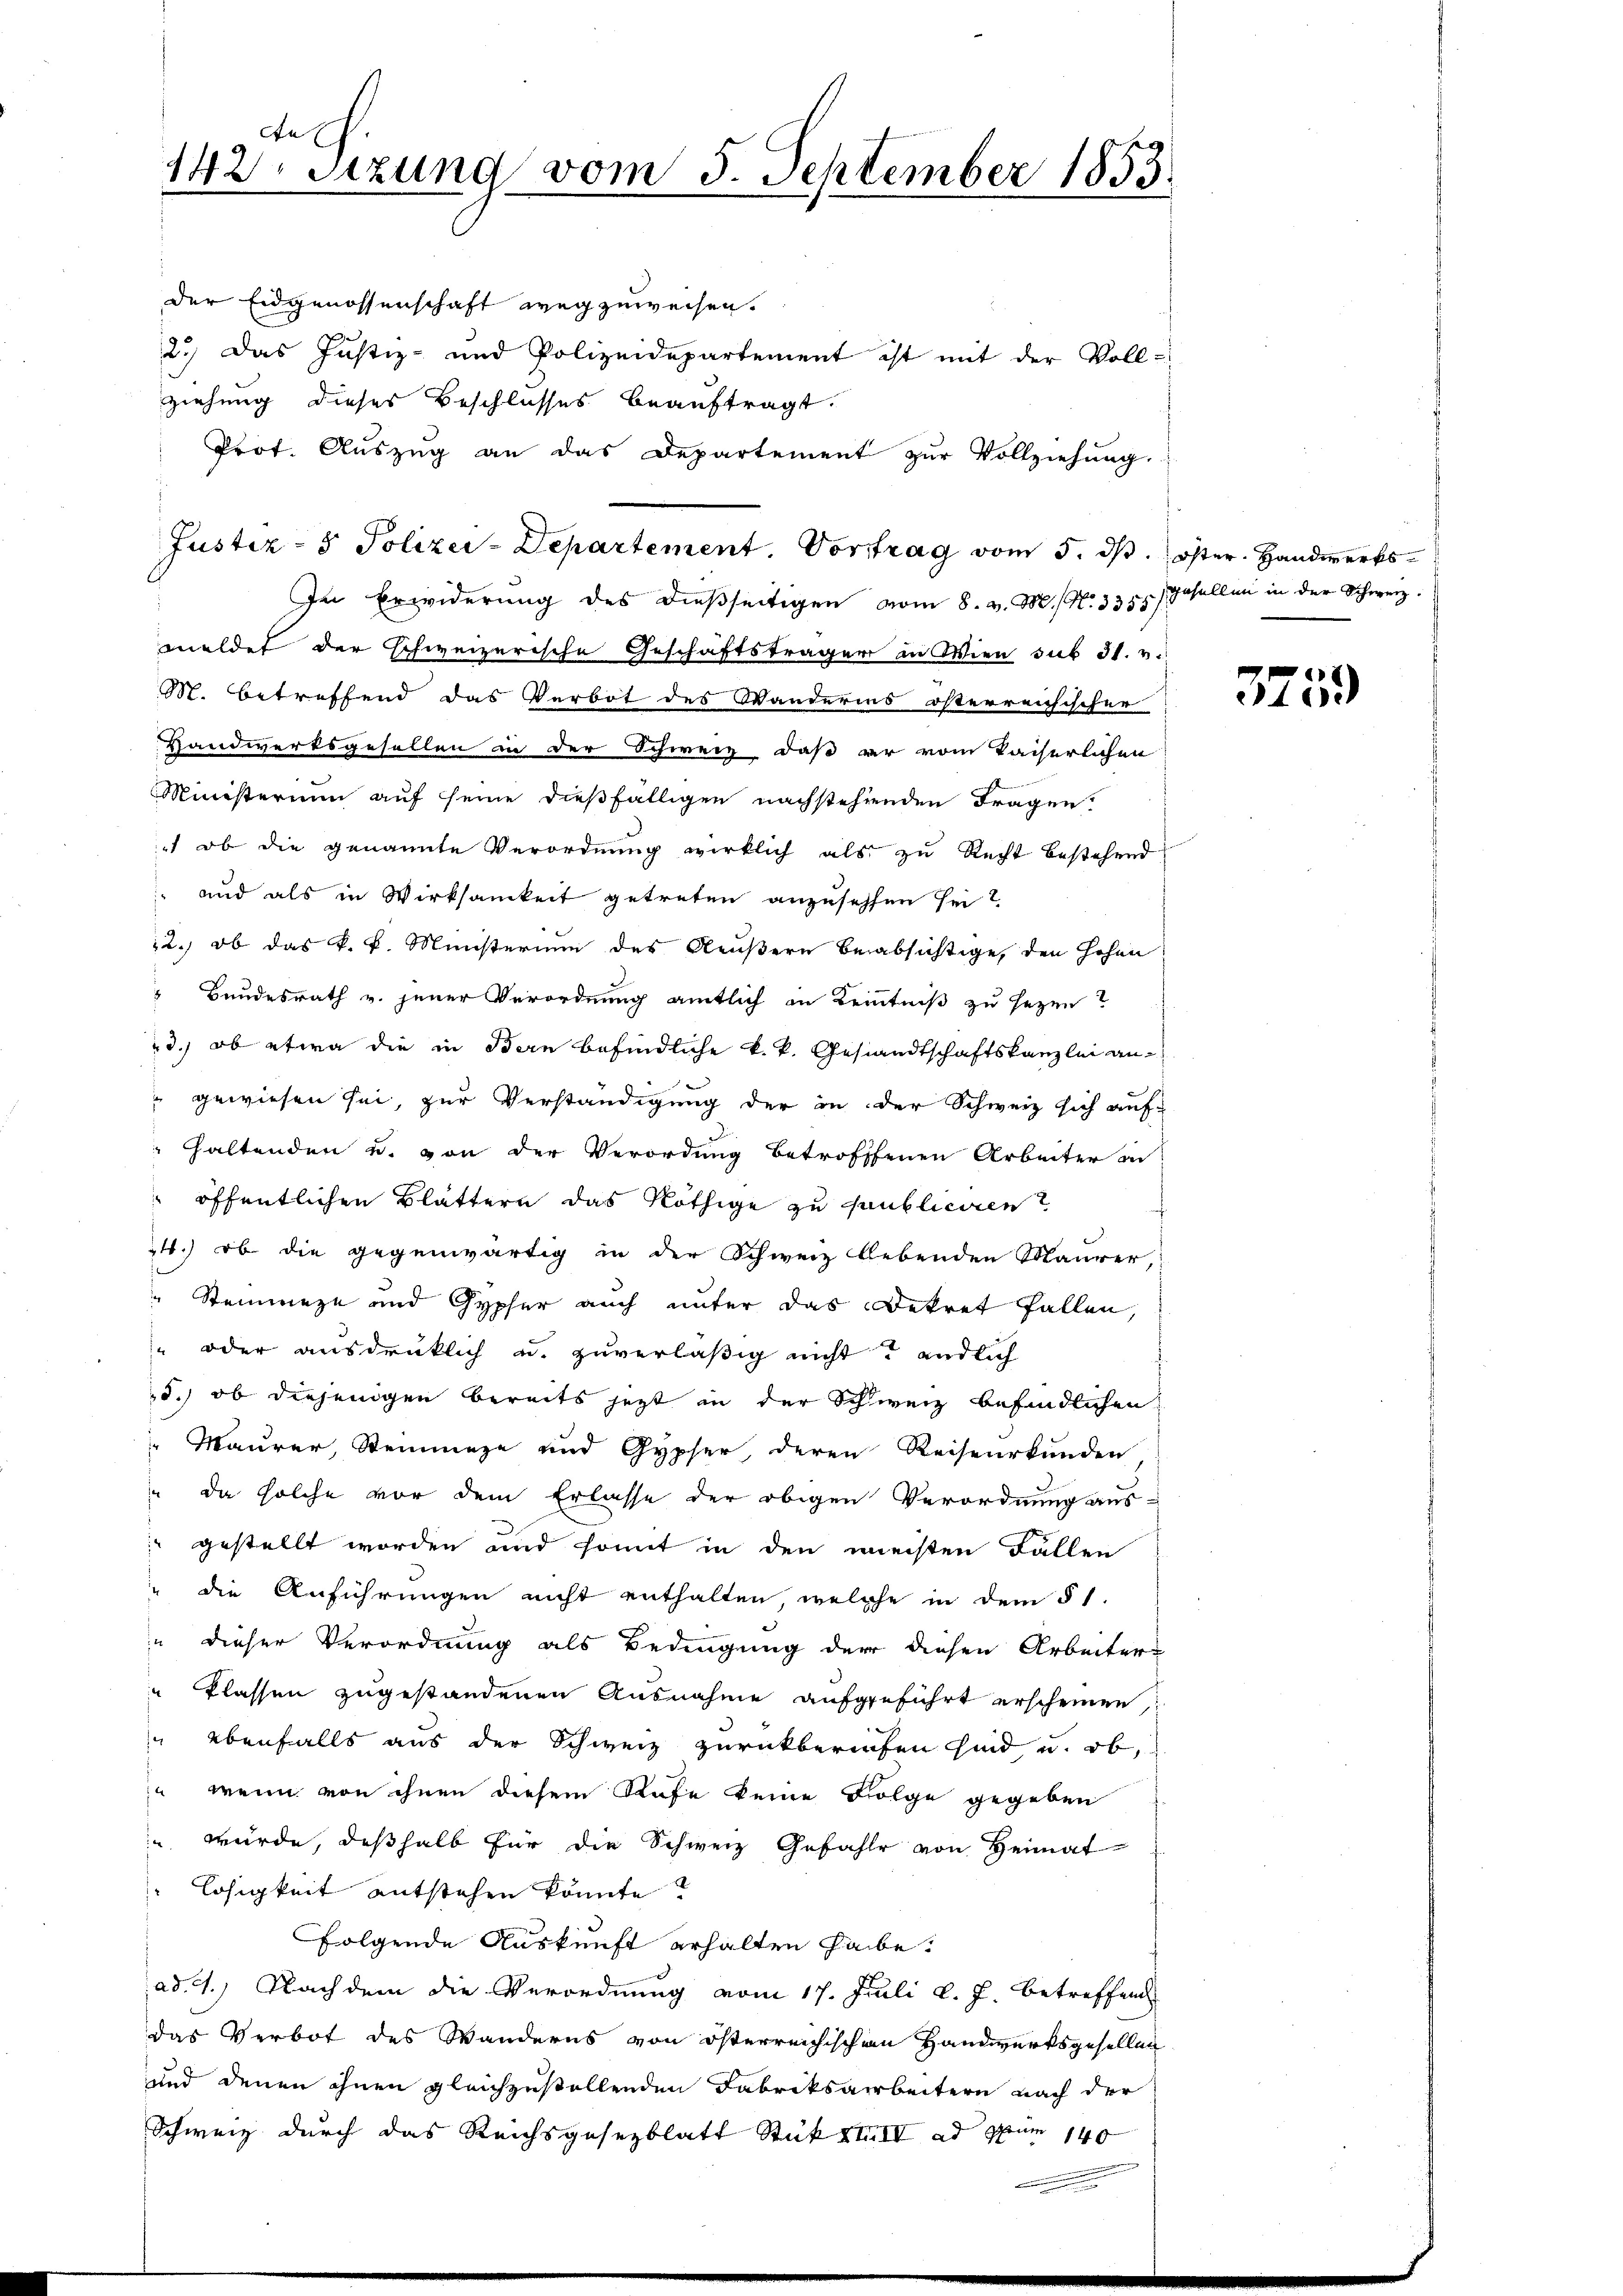
Aul
142 Sizung vom 5. September 1855.

der Eidgenossenschaft wegzuweisen.
2.) Das Justiz- und Polizeidepartement ist mit der Vollziehung dieses Beschlusses beauftragt.
Prot. Auszug an das Departement zur Vollziehung.
In Erwiderung des dießseitigen vom 8. v. M. N. 3355) Gesellen in der Schweiz.
meldet der schweizerische Geschäftsträger in Wien sub 31. v.
M. betreffend das Verbot des Wanderins österreichischer
Handwerksgesellen in der Schweiz, daß er vom kaiserlichen
Ministerium auf seine dießfälligen nachstehenden Fragen,
) ob die genannte Verordnung wirklich als zu Recht bestehend
und als in Wirksamkeit getreten anzusehen sei?
12., ob das k. k. Ministerium des Aeußern beabsichtige, den Hohen
 Bundesrath v. jener Verordnung amtlich in Kenntniß zu sezen?
23.) ob etwa die in Bern befindliche k.k. Gesandtschaftskanzlei an
gewiesen sei, zur Verständigung der in der Schweiz sich auf
Haltenden u. von der Verordung betrofffenen Arbeiter in
öffentlichen Blättern das Nöthige zu saubliciren
24.) ob die gegenwärtig in der Schweiz lebenden Maurer,
" Steinmeze und Gypfer auch unter das Dekret fallen
" oder ausdrücklich u. zuverläßig nicht endlich
25.) ob diejenigen bereits jetzt in der Schweiz befindlichen
 Maurer, Steinmage und Gypser, deren Reiseurkunden
" da solche vor dem Erlasse der obigen Verordnung aus-
gestellt worden und somit in den meisten Fällen
die Anführungen nicht enthalten welche in dem § 1.
n dieser Verordnung als Bedingung der diesen Arbeiters
 Klassen zugestandenen Ausnahme aufgeführt erscheinen:
" ebenfalls aus der Schweiz zurückberiefen sind u. ob,
ja wenn von ihnen diesem Rafe keine Folge gegeben
e
würde, deßhalb für die Schweiz Gefahle von Heimat
Losigkeit entstehen könnte?
folgende Auskunft erhalten habe.
ad. 4.) Nachdem die Verordnung vom 17. Juli v. J. betreffend
das Verbot des Wanderns von österreichischen Handwerksgesellen
und denen ihnen gleichzustellenden Fabriksarbeitern nach der
Schweiz durch das Reichsgesezblatt Stük XIII ad pur 140

Justiz- & Polizei-Departement. Vortrag vom 5. ds. Oster. Handwerks

3759